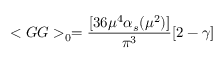
< G G > _ { 0 } = \frac { [ 3 6 \mu ^ { 4 } \alpha _ { s } ( \mu ^ { 2 } ) ] } { \pi ^ { 3 } } [ 2 - \gamma ]